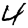
Digit: 4